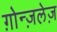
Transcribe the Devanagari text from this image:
ग़ोन्ज़लेज़